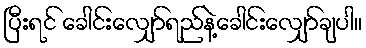
ပြီးရင် ခေါင်းလျှော်ရည်နဲ့ခေါင်းလျှော်ချပါ။